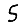
Digit: 5